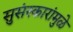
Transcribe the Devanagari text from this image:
सुसंस्कारांमुळे